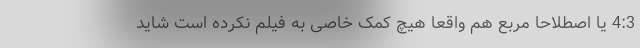
4:3 یا اصطلاحا مربع هم واقعا هیچ کمک خاصی به فیلم نکرده است شاید